Plague in India, 1896, 1897 - Volume 3
Year: 1896
Disease focus: Plague
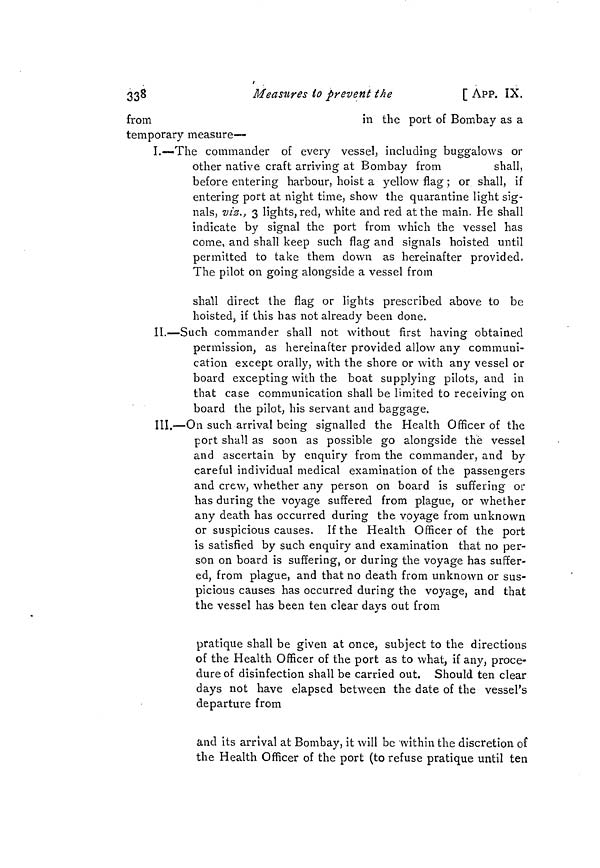
338
Measures io prevent the
[ APP. IX.
from
in the port of Bombay as a
temporary measure—
I.—The commander of every vessel, including buggalows or
other native craft arriving at Bombay from
shall,
before entering harbour, hoist a yellow flag ; or shall, if
entering port at night time, show the quarantine light sig-
nals, viz., 3 lights, red, white and red at the main. He shall
indicate by signal the port from which the vessel has
come, and shall keep such flag and signals hoisted until
permitted to take them down as hereinafter provided.
The pilot on going alongside a vessel from
shall direct the flag or lights prescribed above to be
hoisted, if this has not already been done.
II.—Such commander shall not without first having obtained
permission, as hereinafter provided allow any communi-
cation except orally, with the shore or with any vessel or
board excepting with the boat supplying pilots, and in
that case communication shall be limited to receiving on
board the pilot, his servant and baggage.
III.—On such arrival being signalled the Health Officer of the
port shall as soon as possible go alongside the vessel
and ascertain by enquiry from the commander, and by
careful individual medical examination of the passengers
and crew, whether any person on board is suffering or
has during the voyage suffered from plague, or whether
any death has occurred during the voyage from unknown
or suspicious causes. If the Health Officer of the port
is satisfied by such enquiry and examination that no per-
son on board is suffering, or during the voyage has suffer-
ed, from plague, and that no death from unknown or sus-
picious causes has occurred during the voyage, and that
the vessel has been ten clear days out from
pratique shall be given at once, subject to the directions
of the Health Officer of the port as to what, if any, proce-
dure of disinfection shall be carried out. Should ten clear
days not have elapsed between the date of the vessel's
departure from
and its arrival at Bombay, it will be within the discretion of
the Health Officer of the port (to refuse pratique until ten